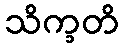
သိက္ခတိ